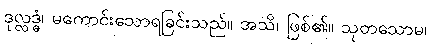
ဒုလ္လဒ္ဓံ၊ မကောင်းသောရခြင်းသည်။ အသိ၊ ဖြစ်၏။ သုတသောမ၊